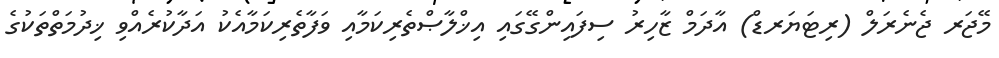
މޭޖަރ ޖެނެރަލް (ރިޓަޔަރޑް) އާދަމް ޒާހިރު ސިފައިންގޭގައި އިޚްލާޞްތެރިކަމާއި ވަފާތެރިކަމާއެކު އަދާކުރެއްވި ޚިދުމަތްތަކުގެ